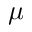
\mu